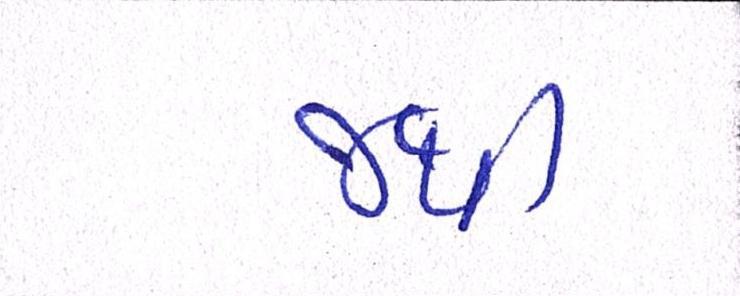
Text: જથી